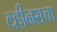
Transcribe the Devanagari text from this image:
व्हीनसचा